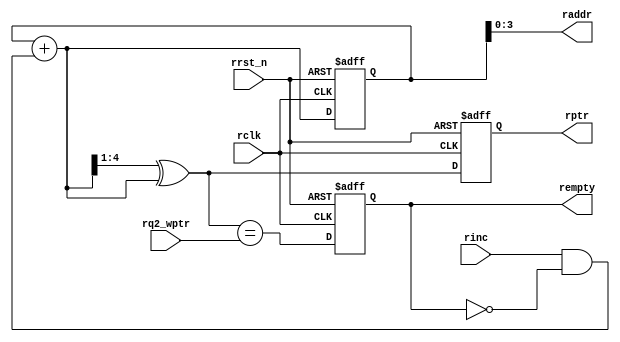
module rptr_empty (
 output reg rempty,
 output [4-1:0] raddr,
 output reg [4 :0] rptr,
 input [4 :0] rq2_wptr,
 input rinc, rclk, rrst_n);
 
 reg [4:0] rbin;
 wire [4:0] rgraynext, rbinnext;
 
 //-------------------
 // GRAYSTYLE2 pointer
 //-------------------
 always @(posedge rclk or negedge rrst_n)
	if (!rrst_n) 
		{rbin, rptr} <= 0;
	else 
		{rbin, rptr} <= {rbinnext, rgraynext};
 
 // Memory read-address pointer (okay to use binary to address memory)
 assign raddr = rbin[4-1:0];
 assign rbinnext = rbin + (rinc & ~rempty);
 assign rgraynext = (rbinnext>>1) ^ rbinnext;
 
 //---------------------------------------------------------------
 // FIFO empty when the next rptr == synchronized wptr or on reset
  //---------------------------------------------------------------
 
 assign rempty_val = (rgraynext == rq2_wptr);
 always @(posedge rclk or negedge rrst_n)
	if (!rrst_n) 
		rempty <= 1'b1;
	else 
		rempty <= rempty_val;
		
endmodule